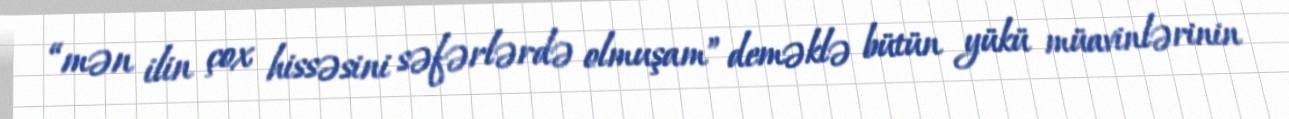
“mən ilin çox hissəsini səfərlərdə olmuşam” deməklə bütün yükü müavinlərinin